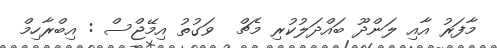
މާފަރު އާއި ލަންދޫ ބައްދަލުކުރި މެޗް  ވަގުތު އިމޭޖްސް : އިބްރާހިމް